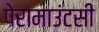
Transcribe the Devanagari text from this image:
पेरामाउंटसी